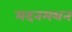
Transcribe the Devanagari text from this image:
मदनमथन